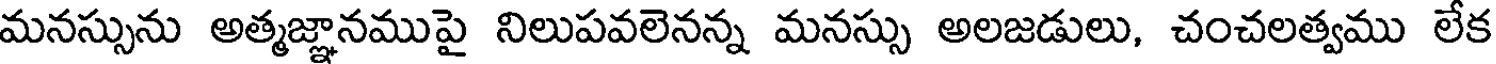
మనస్సును అత్మజ్ఞానముపై నిలుపవలెనన్న మనస్సు అలజడులు, చంచలత్వము లేక